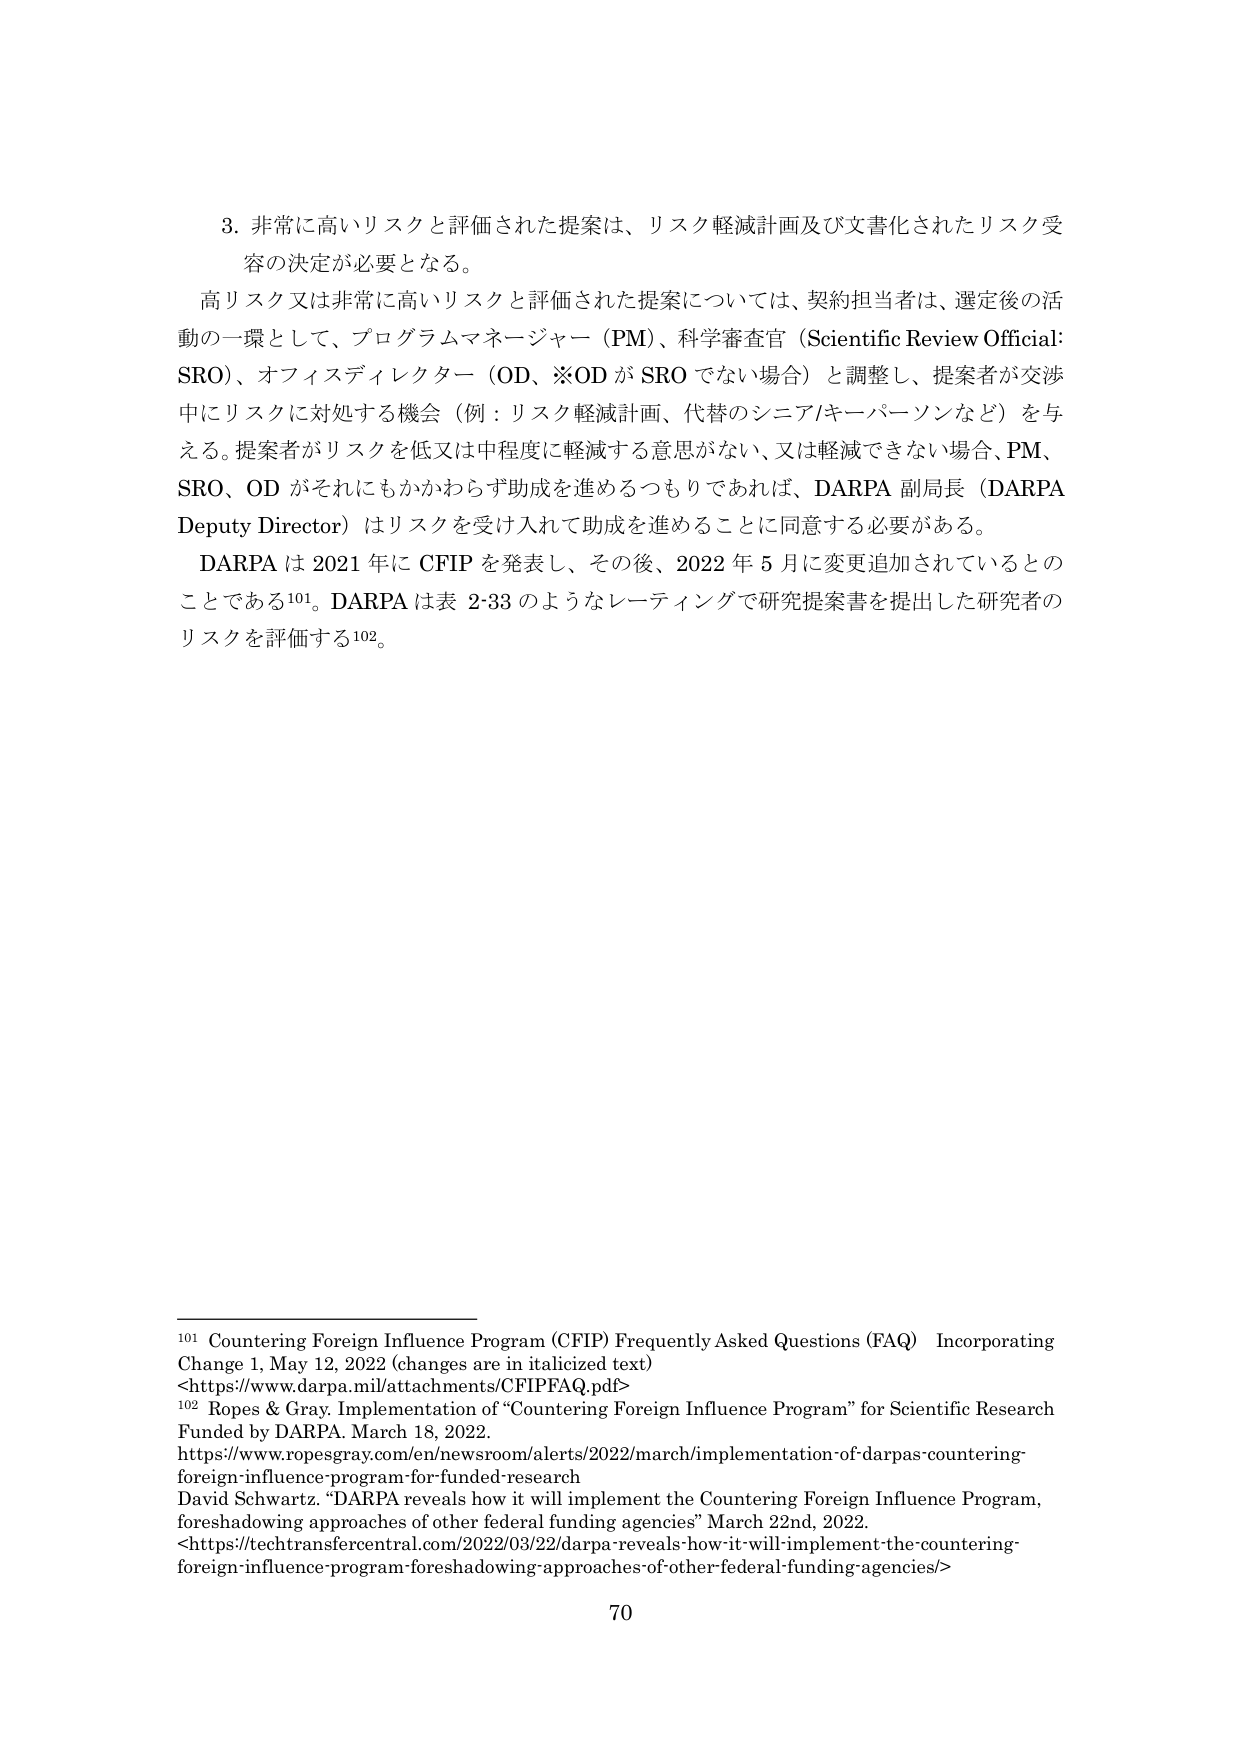
3. 非常に高いリスクと評価された提案は、リスク軽減計画及び文書化されたリスク受容の決定が必要となる。

高リスク又は非常に高いリスクと評価された提案については、契約担当者は、選定後の活動の一環として、プログラムマネージャー（PM）、科学審査官（Scientific Review Official: SRO）、オフィスディレクター（OD、※OD が SRO でない場合）と調整し、提案者が交渉中にリスクに対処する機会（例：リスク軽減計画、代替のシニア/キーパーソンなど）を与える。提案者がリスクを低又は中程度に軽減する意思がない、又は軽減できない場合、PM、SRO、OD がそれにもかかわらず助成を進めるつもりであれば、DARPA 副局長（DARPA Deputy Director）はリスクを受け入れて助成を進めることに同意する必要がある。

DARPA は 2021 年に CFIP を発表し、その後、2022 年 5 月に変更追加されているとのことである¹⁰¹。DARPA は表 2-33 のようなレーティングで研究提案書を提出した研究者のリスクを評価する¹⁰²。

¹⁰¹ Countering Foreign Influence Program (CFIP) Frequently Asked Questions (FAQ) Incorporating Change 1, May 12, 2022 (changes are in italicized text)
<https://www.darpa.mil/attachments/CFIPFAQ.pdf>

¹⁰² Ropes & Gray. Implementation of “Countering Foreign Influence Program” for Scientific Research Funded by DARPA. March 18, 2022.
https://www.ropesgray.com/en/newsroom/alerts/2022/march/implementation-of-darpas-countering-foreign-influence-program-for-funded-research
David Schwartz. “DARPA reveals how it will implement the Countering Foreign Influence Program, foreshadowing approaches of other federal funding agencies” March 22nd, 2022.
<https://techtransfercentral.com/2022/03/22/darpa-reveals-how-it-will-implement-the-countering-foreign-influence-program-foreshadowing-approaches-of-other-federal-funding-agencies/>

70